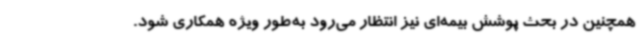
همچنین در بحث پوشش بیمه‌ای نیز انتظار می‌رود به‌طور ویژه همکاری شود.